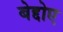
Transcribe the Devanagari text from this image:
बेद्दोए